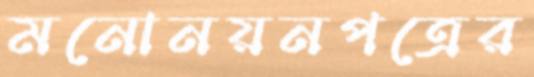
মনোনয়নপত্রের